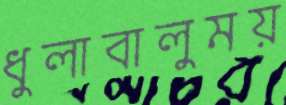
ধুলাবালুময়